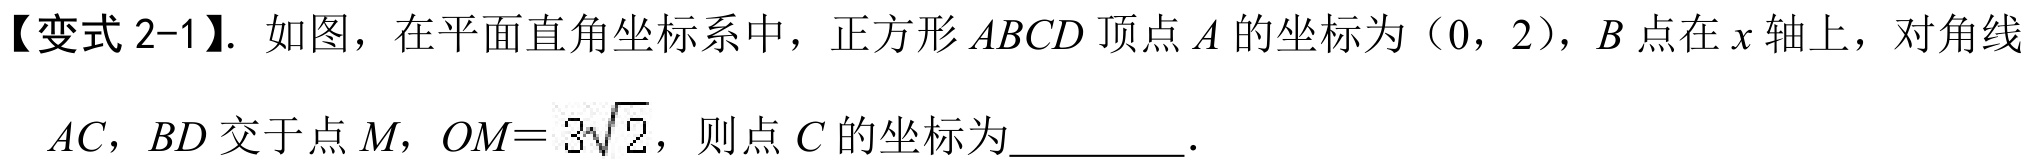
【变式2-1】. 如图，在平面直角坐标系中，正方形 \(ABCD\) 顶点 \(A\) 的坐标为（0，2），\(B\) 点在 \(x\) 轴上，对角线
\(AC\)，\(BD\) 交于点 \(M\)，\(OM = 3\sqrt{2}\)，则点 \(C\) 的坐标为_________.